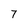
Character: 7